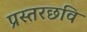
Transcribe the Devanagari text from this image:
प्रस्तरछवि